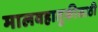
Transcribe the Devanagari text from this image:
मालवहातुकीसाठी